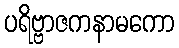
ပရိဗ္ဗာဇကနာမကော